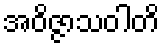
အဝိဇ္ဇာသဝါတိ